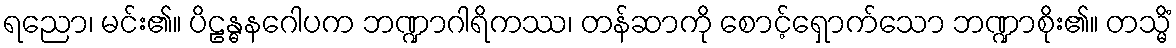
ရညော၊ မင်း၏။ ပိဠန္ဓနဂေါပက ဘဏ္ဍာဂါရိကဿ၊ တန်ဆာကို စောင့်ရှောက်သော ဘဏ္ဍာစိုး၏။ တသ္မိံ